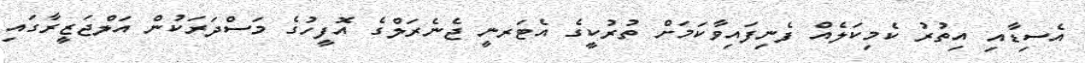
އެސިޑާއި އިތުރު ކެމިކަލެއް ފެނިފައިވާކަމަށް ތުރުކީގެ އެޓަރނީ ޖެނެރަލްގެ އޮފީހުގެ މަސްދަރަކުން އަލްޖަޒީރާގައި